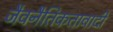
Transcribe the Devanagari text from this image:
जैवनैतिकतावादी